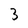
Character: 3